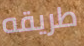
طريقه